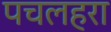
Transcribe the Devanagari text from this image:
पचलहरा